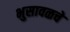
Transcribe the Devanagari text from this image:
भुसावळचे